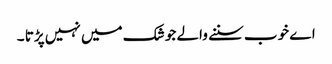
اے خوب سننے والے جو شک میں نہیں پڑتا ۔